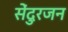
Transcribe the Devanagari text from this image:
सेंदुरजन